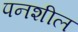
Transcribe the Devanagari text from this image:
पनशील